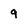
Character: 9